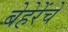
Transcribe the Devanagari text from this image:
बेहेरेंचे